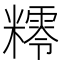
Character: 𥼸